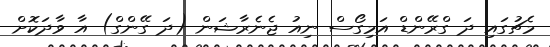
މެޗުގައި ދަ ގްރޭންޑް އަމިގޯސް ނިއު ޖެނެރާޝަން (ދަ ގޭންގް) އާ ވާދަކޮށް